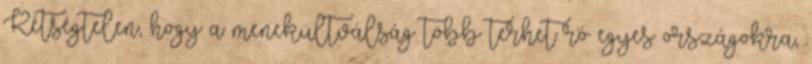
Kétségtelen, hogy a menekültválság több terhet ró egyes országokra,